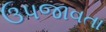
ઉપજાવતા